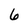
Character: 6